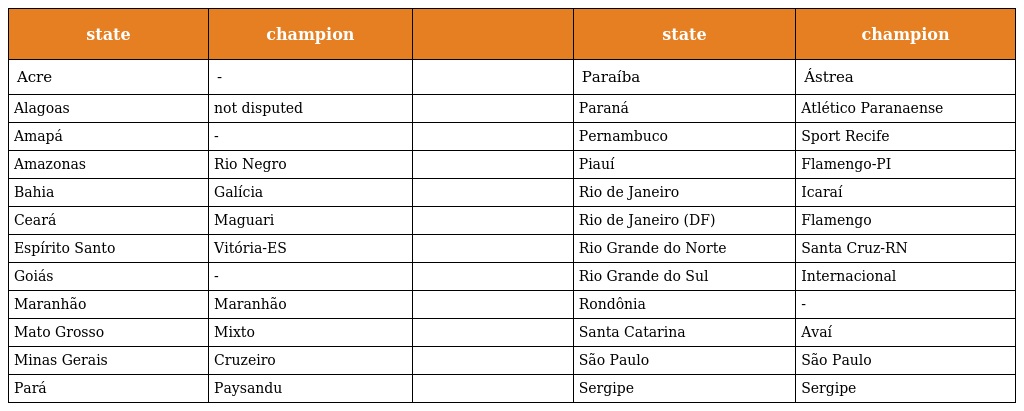
| state | champion |  | state | champion |
 | --- | --- | --- | --- | --- |
 | Acre | - |  | Paraíba | Ástrea |
 | Alagoas | not disputed |  | Paraná | Atlético Paranaense |
 | Amapá | - |  | Pernambuco | Sport Recife |
 | Amazonas | Rio Negro |  | Piauí | Flamengo-PI |
 | Bahia | Galícia |  | Rio de Janeiro | Icaraí |
 | Ceará | Maguari |  | Rio de Janeiro (DF) | Flamengo |
 | Espírito Santo | Vitória-ES |  | Rio Grande do Norte | Santa Cruz-RN |
 | Goiás | - |  | Rio Grande do Sul | Internacional |
 | Maranhão | Maranhão |  | Rondônia | - |
 | Mato Grosso | Mixto |  | Santa Catarina | Avaí |
 | Minas Gerais | Cruzeiro |  | São Paulo | São Paulo |
 | Pará | Paysandu |  | Sergipe | Sergipe |